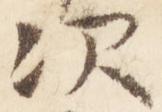
次